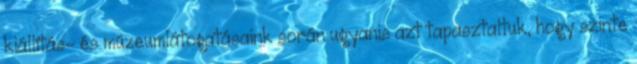
kiállítás- és múzeumlátogatásaink során ugyanis azt tapasztaltuk, hogy szinte